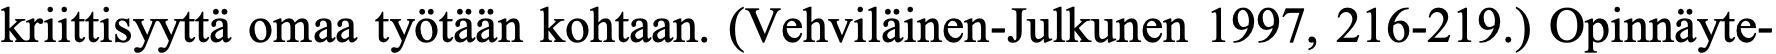
kriittisyyttä omaa työtään kohtaan. (Vehviläinen-Julkunen 1997, 216-219.) Opinnäyte-